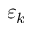
\varepsilon _ { k }